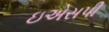
ઇએસપી